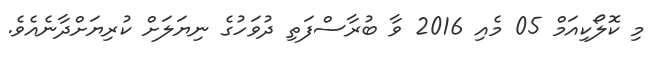
މި ކޮލޯކިއަމް 05 މެއި 2016 ވާ ބުރާސްފަތި ދުވަހުގެ ނިޔަލަށް ކުރިޔަށްދާނެއެވެ.